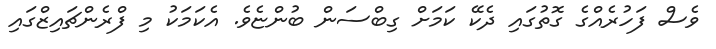
ވެސް ފަހުރެއްގެ ގޮތުގައި ދެކޭ ކަމަށް ގިބްސަން ބުންޏެވެ. އެކަމަކު މި ފްރެންޗައިޒްގައި